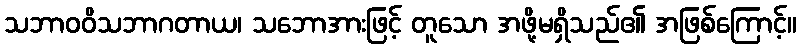
သဘာဝဝိသဘာဂတာယ၊ သဘောအားဖြင့် တူသော အဖို့မရှိသည်၏ အဖြစ်ကြောင့်။